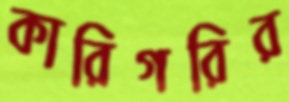
কারিগরির